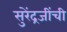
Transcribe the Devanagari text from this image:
सुरेंद्रजींची